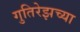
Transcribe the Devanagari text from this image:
गुतिरेझच्या